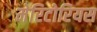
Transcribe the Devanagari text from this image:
मेरिटोरियस